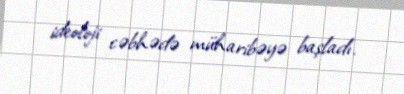
ideoloji cəbhədə müharibəyə başladı.